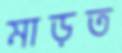
মাড়ত